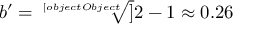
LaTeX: b ^ { \prime } = { \sqrt [ [object Object] ] { 2 } } - 1 \approx 0 . 2 6